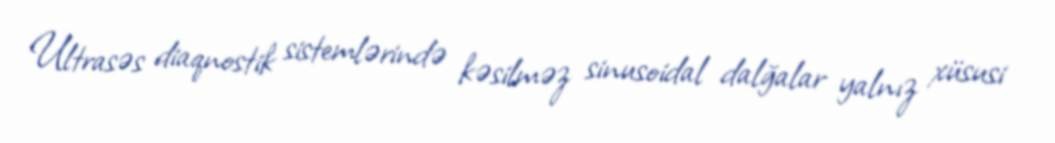
Ultrasəs diaqnostik sistemlərində kəsilməz sinusoidal dalğalar yalnız xüsusi